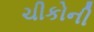
ચીકોની